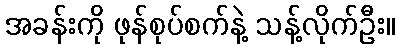
အခန်းကို ဖုန်စုပ်စက်နဲ့ သန့်လိုက်ဦး။